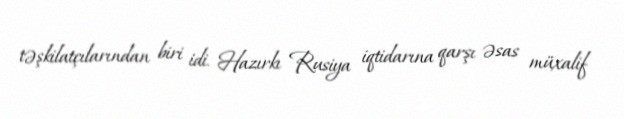
təşkilatçılarından biri idi. Hazırkı Rusiya iqtidarına qarşı əsas müxalif